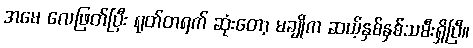
အမေ လေဖြတ်ပြီး ရုတ်တရက် ဆုံးတော့ မချိုက ဆယ့်နှစ်နှစ်သမီးရှိပြီ။